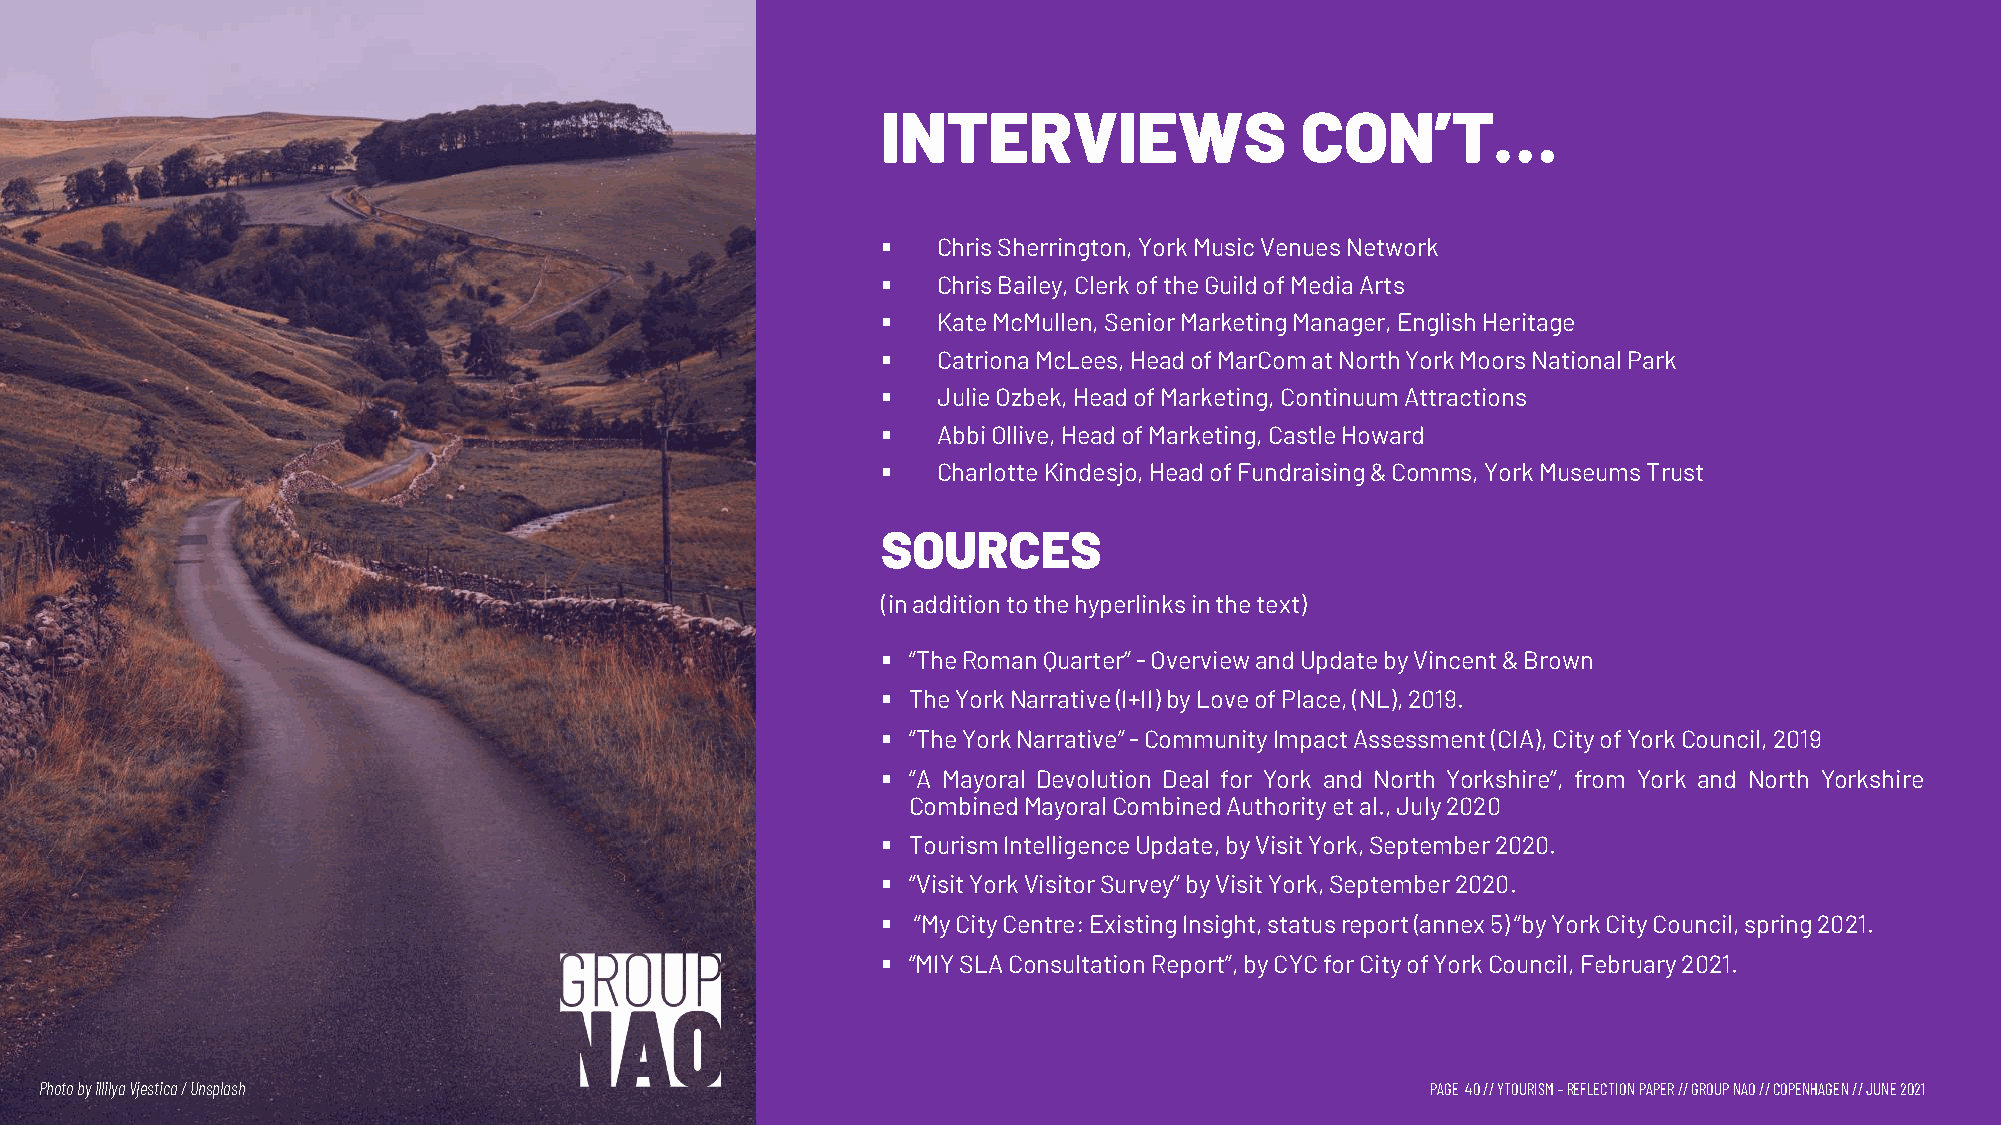
INTERVIEWS                  CON’T…
 §   Chris Sherrington, York Music Venues Network
 §   Chris Bailey, Clerk of the Guild of Media Arts
 §   Kate McMullen, Senior Marketing Manager, English Heritage
 §   Catriona McLees, Head of MarCom at North York Moors National Park
 §   Julie Ozbek, Head of Marketing, Continuum Attractions
 §   Abbi Ollive, Head of Marketing, Castle Howard
 §   Charlotte Kindesjo, Head of Fundraising & Comms, York Museums Trust
 SOURCES
 (inadditiontothehyperlinksinthetext)
 § “TheRomanQuarter”-OverviewandUpdatebyVincent&Brown
 § TheYorkNarrative(I+II)byLoveofPlace,(NL),2019.
 § “TheYorkNarrative”-CommunityImpactAssessment(CIA),CityofYorkCouncil,2019
 § “A Mayoral Devolution Deal for York and North Yorkshire”, from York and North Yorkshire
 CombinedMayoralCombinedAuthorityetal.,July2020
 § TourismIntelligenceUpdate,byVisitYork,September2020.
 § “VisitYorkVisitorSurvey”byVisitYork,September2020.
 § “MyCityCentre:ExistingInsight,statusreport(annex5)“byYorkCityCouncil,spring2021.
 § “MIYSLAConsultationReport”,byCYCforCityofYorkCouncil,February2021.
 Photo byillilyaVjestica/ Unsplash                                                           PAGE 40// YTOURISM –REFLECTION PAPER // GROUP NAO // COPENHAGEN // JUNE 2021